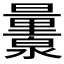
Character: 𬉨